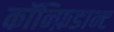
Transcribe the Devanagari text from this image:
कॉन्फ़िडान्ट